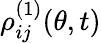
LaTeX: \rho_{ij}^{(1)}(\theta,t)